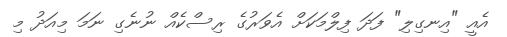
އެއީ "އިނގިލި" ފަދަ ފިލްމަކަށް އެވަރުގެ ރިސްކެއް ނުނެގި ނަމަ މިއަދު މި